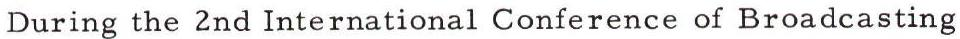
During the 2nd International Conference of Broadcasting